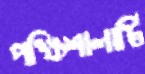
পক্ষিশালাটি